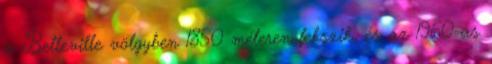
a Belleville völgyben 1850 méteren fekszik, és az 1960-as